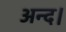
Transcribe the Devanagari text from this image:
अन्द।